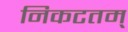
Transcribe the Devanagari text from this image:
निकटतम्